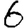
Digit: 6